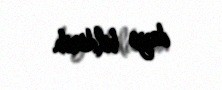
deyə bildirib.